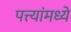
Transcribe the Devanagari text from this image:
पत्त्यांमध्ये